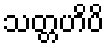
သတ္တဟိပိ